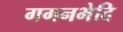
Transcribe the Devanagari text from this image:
गगनभेदि